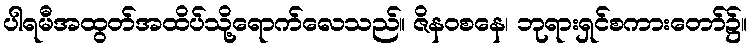
ပါရမီအထွတ်အထိပ်သို့ရောက်လေသည်။ ဇိနဝစနေ၊ ဘုရားရှင်စကားတော်၌။